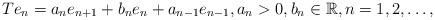
LaTeX: \begin{align*} Te_n = a_ne_{n+1} + b_ne_n + a_{n-1}e_{n-1}, a_n>0, b_n\in\mathbb{R}, n=1,2,\dots, \end{align*}